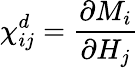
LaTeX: \chi_{ij}^{d}={\frac{\partial M_{i}}{\partial H_{j}}}